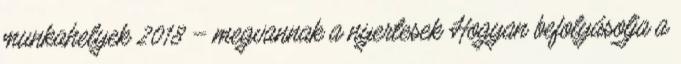
munkahelyek 2018 – megvannak a nyertesek Hogyan befolyásolja a